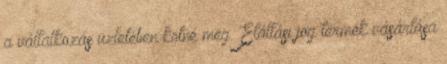
a vállalkozás üzletében kötné meg. Elállási jog termék vásárlása